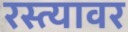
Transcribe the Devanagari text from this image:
रस्‍त्‍यावर